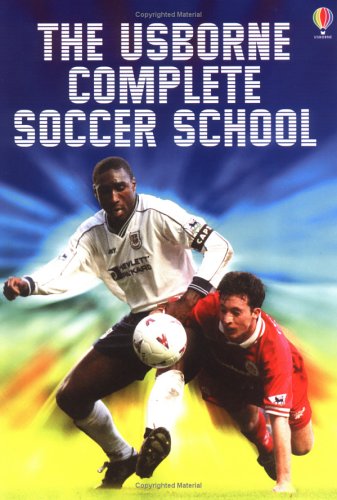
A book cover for Complete Soccer School (Usborne Soccer School); G. Harvey; Teen & Young Adult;